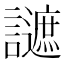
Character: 𧭧